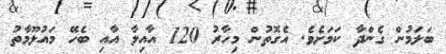
ބަލަމުން ގެންދާ ކަމަށެވެ. އެގޮތުން މިހާރު 120 އާއިލާ އާއި ބެހޭ މައުލޫމާތު